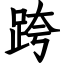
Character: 跨